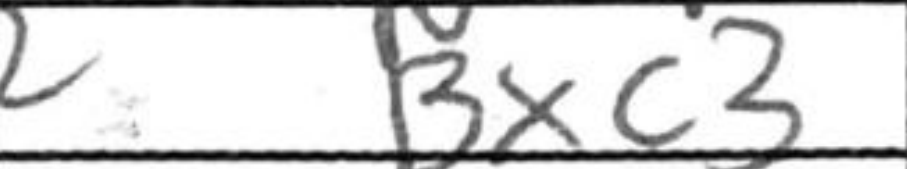
Transcription: Bxc3